Vaccination in Bombay 1869-1873 - 1869-1873
Year: 1869
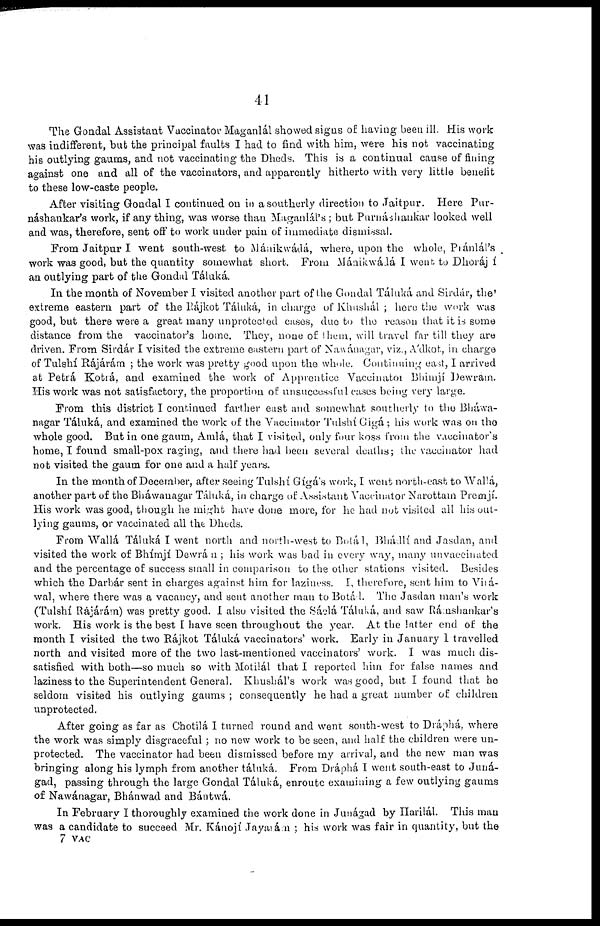
41
The Gondal Assistant Vaccinator Maganlál showed signs of having been ill. His work
was indifferent, but the principal faults I had to find with him, were his not vaccinating
his outlying gaums, and not vaccinating the Dheds. This is a continual cause of fining
against one and all of the vaccinators, and apparently hitherto with very little benefit
to these low-caste people.
After visiting Gondal I continued on in a southerly direction to Jaitpur. Here Pur¬
náshankar's work, if any thing, was worse than Maganlál's; but Purnáshankar looked well
and was, therefore, sent off to work under pain of immediate dismissal.
From Jaitpur I went south-west to Mánikwádá, where, upon the whole, Piánlál's
work was good, but the quantity somewhat short. From Mánikwádá I went to Dhoráj í
an outlying part of the Gondal Táluká.
In the month of November I visited another part of the Gondal Táluká and Sirdár, the'
extreme eastern part of the Rájkot Táluká, in charge of Khushál ; here the work was
good, but there were a great many unprotected cases, due to the reason that it is some
distance from the vaccinator's home. They, none of them, will travel far till they are
driven. From. Sirdár I visited the extreme eastern part of Nawánagar, viz., A'dkot, in charge
of Tulshí Rájárám ; the work was pretty good upon the whole. Continuing east, I arrived
at Petrá Kotrá, and examined the work of Apprentice Vaccinator Bhimjí Dewram.
His work was not satisfactory, the proportion of unsuccessful cases being very large.
From this district I continued farther east and somewhat southerly to the Bháwa¬
nagar Táluká, and examined the work of the Vaccinator Tulshí Gigá ; his work was on the
whole good. But in one gaum, Amlá, that I visited, only four koss from the vaccinator's
home, I found small-pox raging, and there had been several deaths; the vaccinator had
not visited the gaum for one and a half years.
In the month of December, after seeing Tulshí Gigás work, I went north-east to Wallá,
another part of the Bháwanagar Táluká, in charge of Assistant Vaccinator Narottam Premjí.
His work was good, though he might have done more, for he had not visited all his out-
lying gaums, or vaccinated all the Dheds.
From Wallá Táluká I went north and north-west to Botál, Bhádlí and Jasdan, and
visited the work of Bhímjí Dewrán ; his work was bad in every way, many unvaccinated
and the percentage of success small in comparison to the other stations visited. Besides
which the Darbár sent in charges against him for laziness. I, therefore, sent him to Vilá¬
wal, where there was a vacancy, and sent another man to Botál. The Jasdan man's work
(Tulshí Rajárám) was pretty good. I also visited the Sáelá Táluká, and saw Rámshankar's
work. His work is the best I have seen throughout the year. At the latter end of the
month I visited the two Rajkot Taluka vaccinators' work. Early in January 1 travelled
north and visited more of the two last-mentioned vaccinators' work. I was much dis-
satisfied with both—so much so with Motilál that I reported him for false names and
laziness to the Superintendent General. Khushál's work was good, but I found that he
seldom visited his outlying gaums ; consequently he had a great number of children
unprotected.
After going as far as Chotilá I turned round and went south-west to Dráphá, where
the work was simply disgraceful ; no new work to be seen, and half the children were un-
protected. The vaccinator had been dismissed before my arrival, and the new man was
bringing along his lymph from another táluká. From Dráphá I went south-east to Juná¬
gad, passing through the large Gondal Táluká, enroute examining a few outlying gaums
of Nawánagar, Bhánwad and Bántwá.
In February I thoroughly examined the work done in Junágad by Harilál. This man
was a candidate to succeed Mr. Kánojí Jayaiám ; his work was fair in quantity, but the
7 VAC